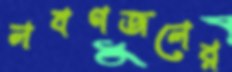
লবণজলের